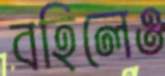
বহিলেও